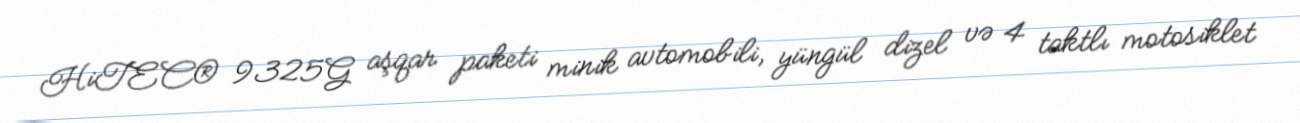
HiTEC® 9325G aşqar paketi minik avtomobili, yüngül dizel və 4 taktlı motosiklet